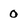
Character: 0